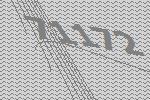
71172